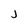
Character: J